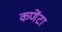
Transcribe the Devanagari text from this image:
कणेंटा